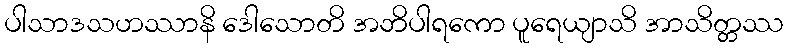
ပါသာဒသဟဿာနိ ဒေါသောတိ အဘိပါရကော ပူရေယျာသိ အာသိတ္တဿ